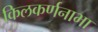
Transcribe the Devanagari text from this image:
किलकर्णनाभा